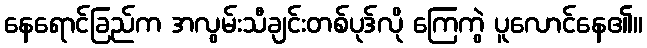
နေရောင်ခြည်က အလွမ်းသီချင်းတစ်ပုဒ်လို ကြေကွဲ ပူလောင်နေ၏။